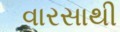
વારસાથી